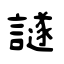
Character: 譢